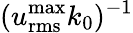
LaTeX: (u_{\mathrm{rms}}^{\operatorname*{max}}k_{0})^{-1}